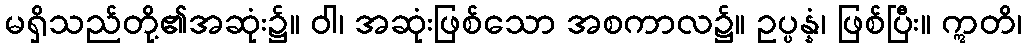
မရှိသည်တို့၏အဆုံး၌။ ဝါ၊ အဆုံးဖြစ်သော အစကာလ၌။ ဥပ္ပန္နံ၊ ဖြစ်ပြီး။ ဣတိ၊